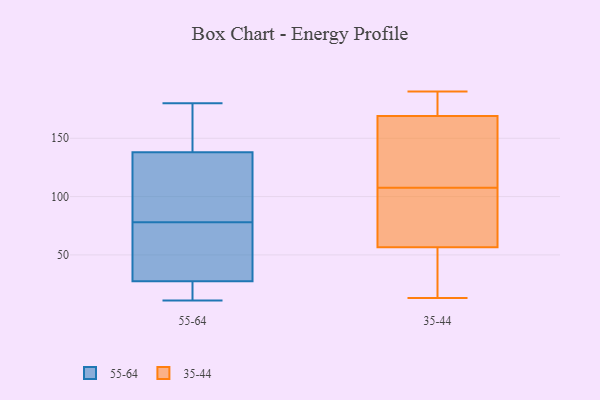
{"axis": {"x": "Waste Production (Tons)", "y": "Value"}, "legend": ["35-44", "55-64"], "data": [{"x": "", "y": 44, "type": "55-64"}, {"x": "", "y": 97, "type": "55-64"}, {"x": "", "y": 24, "type": "55-64"}, {"x": "", "y": 148, "type": "55-64"}, {"x": "", "y": 150, "type": "55-64"}, {"x": "", "y": 180, "type": "55-64"}, {"x": "", "y": 86, "type": "55-64"}, {"x": "", "y": 70, "type": "55-64"}, {"x": "", "y": 15, "type": "55-64"}, {"x": "", "y": 30, "type": "55-64"}, {"x": "", "y": 128, "type": "55-64"}, {"x": "", "y": 93, "type": "55-64"}, {"x": "", "y": 25, "type": "55-64"}, {"x": "", "y": 157, "type": "55-64"}, {"x": "", "y": 34, "type": "55-64"}, {"x": "", "y": 11, "type": "55-64"}, {"x": "", "y": 13, "type": "35-44"}, {"x": "", "y": 146, "type": "35-44"}, {"x": "", "y": 167, "type": "35-44"}, {"x": "", "y": 171, "type": "35-44"}, {"x": "", "y": 53, "type": "35-44"}, {"x": "", "y": 38, "type": "35-44"}, {"x": "", "y": 176, "type": "35-44"}, {"x": "", "y": 69, "type": "35-44"}, {"x": "", "y": 60, "type": "35-44"}, {"x": "", "y": 25, "type": "35-44"}, {"x": "", "y": 177, "type": "35-44"}, {"x": "", "y": 164, "type": "35-44"}, {"x": "", "y": 80, "type": "35-44"}, {"x": "", "y": 130, "type": "35-44"}, {"x": "", "y": 144, "type": "35-44"}, {"x": "", "y": 63, "type": "35-44"}, {"x": "", "y": 180, "type": "35-44"}, {"x": "", "y": 33, "type": "35-44"}, {"x": "", "y": 190, "type": "35-44"}, {"x": "", "y": 85, "type": "35-44"}]}